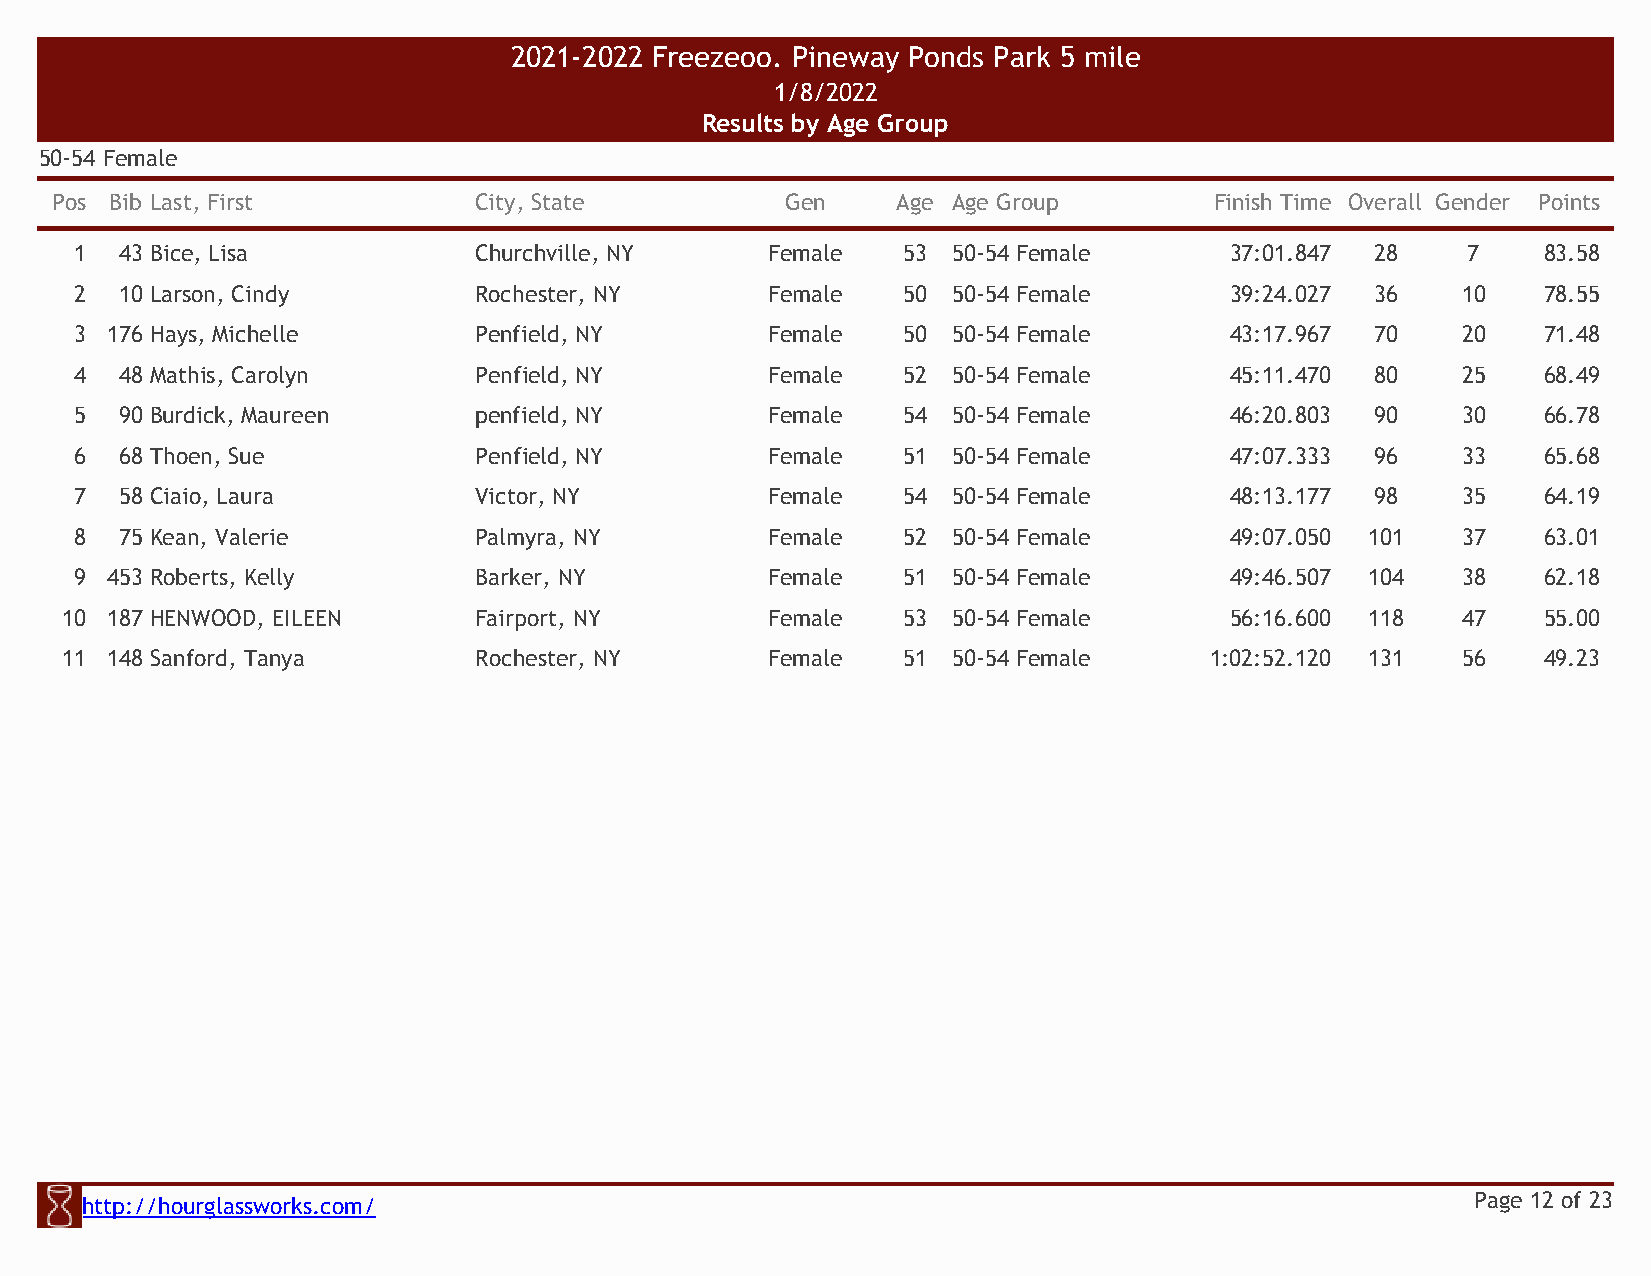
2021-2022 Freezeoo. Pineway Ponds Park 5 mile
 1/8/2022
 Results by Age Group
 50-54 Female
 Pos Bib Last, First         City, State          Gen    Age Age Group        Finish Time Overall Gender Points
 1  43 Bice, Lisa          Churchville, NY     Female   53 50-54 Female      37:01.847 28    7    83.58
 2  10 Larson, Cindy       Rochester, NY       Female   50 50-54 Female      39:24.027 36    10   78.55
 3 176 Hays, Michelle      Penfield, NY        Female   50 50-54 Female      43:17.967 70    20   71.48
 4  48 Mathis, Carolyn     Penfield, NY        Female   52 50-54 Female      45:11.470 80    25   68.49
 5  90 Burdick, Maureen    penfield, NY        Female   54 50-54 Female      46:20.803 90    30   66.78
 6  68 Thoen, Sue          Penfield, NY        Female   51 50-54 Female      47:07.333 96    33   65.68
 7  58 Ciaio, Laura        Victor, NY          Female   54 50-54 Female      48:13.177 98    35   64.19
 8  75 Kean, Valerie       Palmyra, NY         Female   52 50-54 Female      49:07.050 101   37   63.01
 9 453 Roberts, Kelly      Barker, NY          Female   51 50-54 Female      49:46.507 104   38   62.18
 10 187 HENWOOD, EILEEN     Fairport, NY        Female   53 50-54 Female      56:16.600 118   47   55.00
 11 148 Sanford, Tanya      Rochester, NY       Female   51 50-54 Female     1:02:52.120 131  56   49.23
 http://hourglassworks.com/                                                                   Page 12 of 23